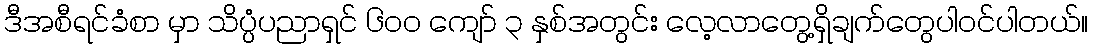
ဒီအစီရင်ခံစာ မှာ သိပ္ပံပညာရှင် ၆၀၀ ကျော် ၃ နှစ်အတွင်း လေ့လာတွေ့ရှိချက်တွေပါဝင်ပါတယ်။